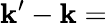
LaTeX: \mathbf{k}^{\prime}-\mathbf{k}=